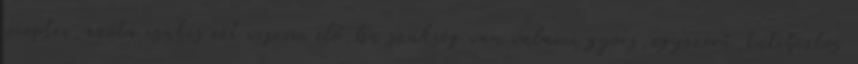
receptre,azóta csakis ezt veszem elő,ha szükség van valami gyors,egyszerű,tutibiztos